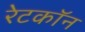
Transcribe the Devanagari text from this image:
रेटकॉन